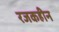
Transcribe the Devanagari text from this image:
रजकहीन